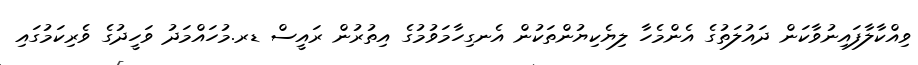
ވިއްކާލާފައިނުވާކަން ދައުލަތުގެ އެންމެހާ ލިޔެކިޔުންތަކުން އެނގިހާމަވުމުގެ އިތުރުން ރައީސް ޑރ.މުހައްމަދު ވަހީދުގެ ވެރިކަމުގައި